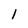
Character: 1